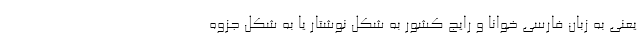
یعنی به زبان فارسی خوانا و رایج کشور به شکل نوشتار یا به شکل جزوه